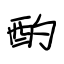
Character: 酌